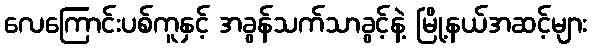
လေကြောင်းပစ်ကူနှင့် အခွန်သက်သာခွင့်နဲ့ မြို့နယ်အဆင့်များ